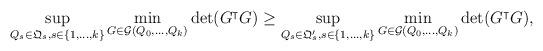
LaTeX: \begin{align*}\begin{aligned}\sup_{ Q_s \in \mathfrak{Q}_s, s \in \lbrace 1,\ldots,k \rbrace } \min_{ G \in \mathcal{G}(Q_0,\ldots,Q_k)} \det(G^\intercal G)\geq \sup_{ Q_s \in \mathfrak{Q}_s', s \in \lbrace 1,\ldots,k \rbrace } \min_{ G \in \mathcal{G}(Q_0,\ldots,Q_k)} \det(G^\intercal G),\end{aligned}\end{align*}